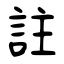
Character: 註